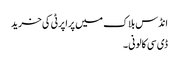
انڈس بلاک میں پراپرٹی کی خرید
ڈی سی کالونی ۔